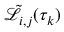
\tilde { \mathcal { L } } _ { i , j } ( \tau _ { k } )